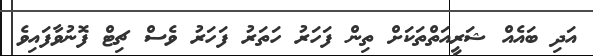
އަދި ބައެއް ޝަރީއަތްތަކަށް ތިން ފަހަރު ހަތަރު ފަހަރު ވެސް ޗިޓް ފޮނުވާފައިވެ